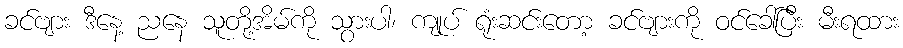
ခင်ဗျား ဒီနေ့ ညနေ သူတို့အိမ်ကို သွားပါ၊ ကျုပ် ရုံးဆင်းတော့ ခင်ဗျားကို ဝင်ခေါ်ပြီး မီးရထား